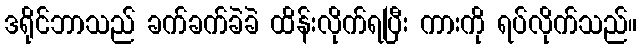
ဒရိုင်ဘာသည် ခက်ခက်ခဲခဲ ထိန်းလိုက်ရပြီး ကားကို ရပ်လိုက်သည်။